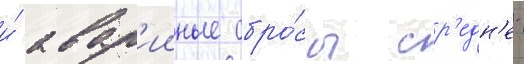
и́ авар'ииные сбро́сы ср'едн'е-